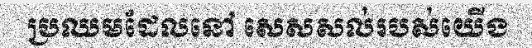
ប្រឈមដែលនៅ សេសសល់របស់យើង